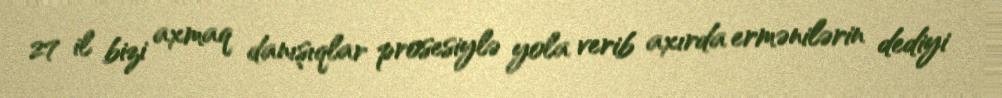
27 il bizi axmaq danışıqlar prosesiylə yola verib axırda ermənilərin dediyi